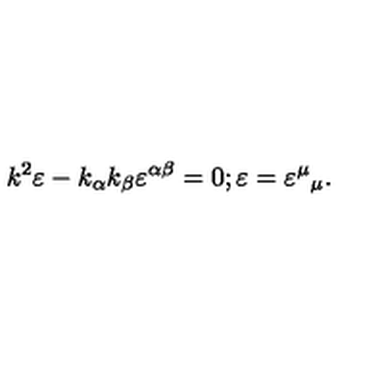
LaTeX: k ^ { 2 } \varepsilon - k _ { \alpha } k _ { \beta } \varepsilon ^ { \alpha \beta } = 0 ; \varepsilon = { \varepsilon ^ { \mu } } _ { \mu } .